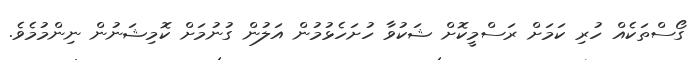
ގޯސްތަކެއް ހުރި ކަމަށް ރަސްމީކޮށް ޝަކުވާ ހުށަހެޅުމުން އަލުން ގުނުމަށް ކޮމިޝަނުން ނިންމުމެވެ.